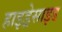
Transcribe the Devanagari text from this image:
हाइड्रेसाइड